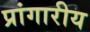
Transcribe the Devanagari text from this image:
प्रांगारीय